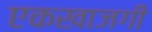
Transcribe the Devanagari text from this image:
एकखाजगी